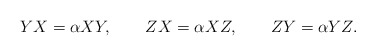
\begin{align*}YX=\alpha XY,\qquad ZX=\alpha XZ,\qquad ZY=\alpha YZ. \end{align*}